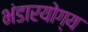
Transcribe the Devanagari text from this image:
भंडारयोग्य